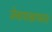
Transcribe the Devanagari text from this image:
जेवायखायला